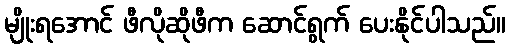
မျိုးရအောင် ဖီလိုဆိုဖီက ဆောင်ရွက် ပေးနိုင်ပါသည်။